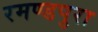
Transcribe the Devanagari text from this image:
रमण्डपुरा